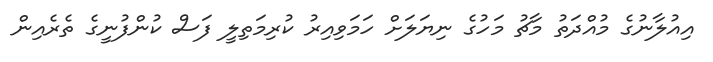
އިއުލާނުގެ މުއްދަތު މާޗު މަހުގެ ނިޔަލަށް ހަމަވިއިރު ކުރިމަތިލީ ފަސް ކުންފުނީގެ ތެރެއިން